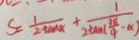
S = \frac { 1 } { 2 \tan \alpha } + \frac { 1 } { 2 \tan ( \frac { 3 \pi } { 4 } - \alpha ) }